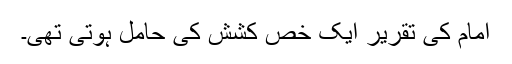
امام کی تقریر ایک خص کشش کی حامل ہوتی تھی۔